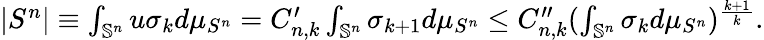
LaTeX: \begin{array}{r}{|S^{n}|\equiv\int_{\mathbb{S}^{n}}u\sigma_{k}d\mu_{S^{n}}=C_{n,k}^{\prime}\int_{\mathbb{S}^{n}}\sigma_{k+1}d\mu_{S^{n}}\leq C_{n,k}^{\prime\prime}(\int_{\mathbb{S}^{n}}\sigma_{k}d\mu_{S^{n}})^{\frac{k+1}{k}}.}\end{array}